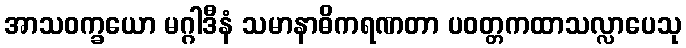
အာသဝက္ခယော မဂ္ဂါဒီနံ သမာနာဓိကရဏတာ ပဝတ္တကထာသလ္လာပေသု